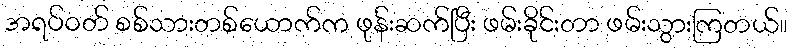
အရပ်ဝတ် စစ်သားတစ်ယောက်က ဖုန်းဆက်ပြီး ဖမ်းခိုင်းတာ ဖမ်းသွားကြတယ်။